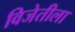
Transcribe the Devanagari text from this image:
विजेतीला